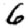
Digit: 6